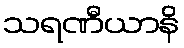
သရဏီယာနိ